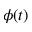
\phi ( t )